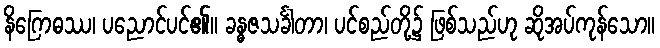
နိဂြောဓဿ၊ ပညောင်ပင်၏။ ခန္ဓဇသင်္ခါတာ၊ ပင်စည်တို့၌ ဖြစ်သည်ဟု ဆိုအပ်ကုန်သော။